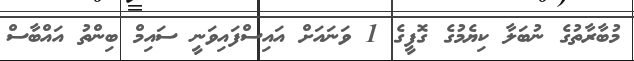
މުބާރާތުގެ ނުބަލާ ކިޔެމުގެ ގޮފީގެ 1 ވަނައަށް އައިސްފައިވަނީ ސައިމް ބިންތު އައްބާސް